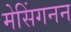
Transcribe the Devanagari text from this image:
मेसिंगनन